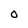
Character: 0